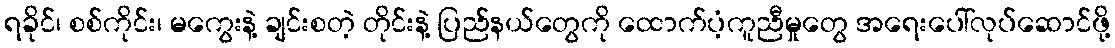
ရခိုင်၊ စစ်ကိုင်း၊ မကွေးနဲ့ ချင်းစတဲ့ တိုင်းနဲ့ ပြည်နယ်တွေကို ထောက်ပံ့ကူညီမှုတွေ အရေးပေါ်လုပ်ဆောင်ဖို့